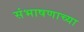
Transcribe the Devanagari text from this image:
संभाषणाच्या